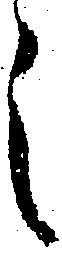
之